Indian journal of veterinary science and animal husbandry - Volumes 15-17, 1948-1951
Year: 1948
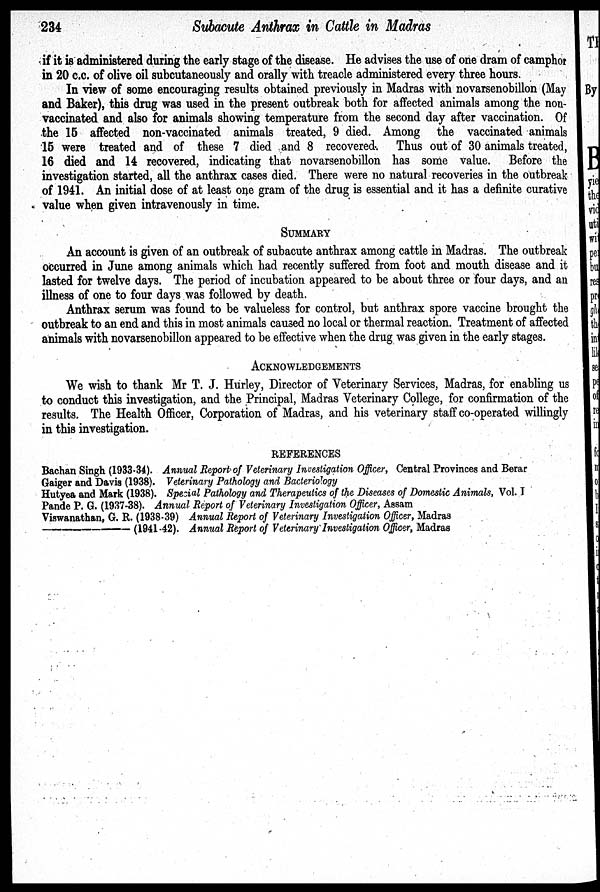
234
Subacute Anthrax in Cattle in Madras
if it is administered during the early stage of the disease. He advises the use of one dram of camphor
in 20 c.c. of olive oil subcutaneously and orally with treacle administered every three hours.
In view of some encouraging results obtained previously in Madras with novarsenobillon (May
and Baker), this drug was used in the present outbreak both for affected animals among the non-
vaccinated and also for animals showing temperature from the second day after vaccination. Of
the 15 affected non-vaccinated animals treated, 9 died. Among the vaccinated animals
15 were treated and of these 7 died and 8 recovered. Thus out of 30 animals treated,
16 died and 14 recovered, indicating that novarsenobillon has some value. Before the
investigation started, all the anthrax cases died. There were no natural recoveries in the outbreak
of 1941. An initial dose of at least one gram of the drug is essential and it has a definite curative
value when given intravenously in time.
SUMMARY
An account is given of an outbreak of subacute anthrax among cattle in Madras. The outbreak
occurred in June among animals which had recently suffered from foot and mouth disease and it
lasted for twelve days. The period of incubation appeared to be about three or four days, and an
illness of one to four days was followed by death.
Anthrax serum was found to be valueless for control, but anthrax spore vaccine brought the
outbreak to an end and this in most animals caused no local or thermal reaction. Treatment of affected
animals with novarsenobillon appeared to be effective when the drug was given in the early stages.
ACKNOWLEDGEMENTS
We wish to thank Mr T. J. Hurley, Director of Veterinary Services, Madras, for enabling us
to conduct this investigation, and the Principal, Madras Veterinary College, for confirmation of the
results. The Health Officer, Corporation of Madras, and his veterinary staff co-operated willingly
in this investigation.
REFERENCES
Bachan Singh (1933-34). Annual Report of Veterinary Investigation Officer, Central Provinces and Berar
Gaiger and Davis (1938). Veterinary Pathology and Bacteriology
Hutyea and Mark (1938). Special Pathology and Therapeutics of the Diseases of Domestic Animals, Vol. I
Pande P. G. (1937-38). Annual Report of Veterinary Investigation Officer, Assam
Viswanathan, G. R. (1938-39) Annual Report of Veterinary Investigation Officer, Madras
—
(1941-42). Annual Report of Veterinary Investigation Officer, Madras